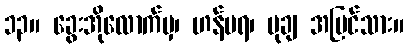
၁၃။ ခွေးအိုလောက်မှ၊ ဟန်မရ၊ မုချ အမြင်သား။